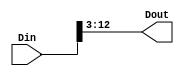
module RAT_xlslice_0_0
   (Din,
    Dout);
  input [17:0]Din;
  output [9:0]Dout;

  wire [17:0]Din;

  assign Dout[9:0] = Din[12:3];
endmodule